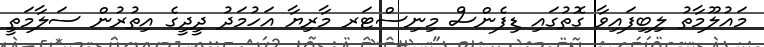
މައުލޫމާތު ލިބިފައިވާ ގޮތުގައި ޑިފެންސް މިނިސްޓަރ މާރިޔާ އަހުމަދު ދީދީގެ އިތުރުން ސަލާމަތީ